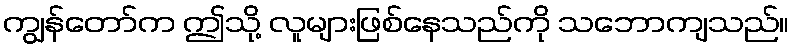
ကျွန်တော်က ဤသို့ လူများဖြစ်နေသည်ကို သဘောကျသည်။